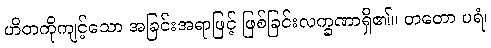
ဟိတကိုကျင့်သော အခြင်းအရာဖြင့် ဖြစ်ခြင်းလက္ခဏာရှိ၏။ တတော ပရံ၊